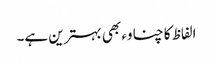
الفاظ کا چناوء بھی بہترین ہے۔